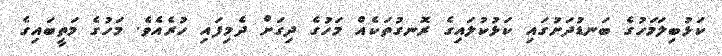
ކަޅުބިލަމަހުގެ ބަނޑުދަށުގައި ކަޅުކުލައިގެ ރޮނގުތަކެއް މަހުގެ ދިގަށް ދެމިފައި ހުރެއެވެ. މަހުގެ މަތީބައިގެ